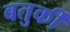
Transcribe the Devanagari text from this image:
बतुर्की